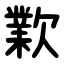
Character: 㱉